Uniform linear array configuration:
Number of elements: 32
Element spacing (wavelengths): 0.5
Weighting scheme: cosine
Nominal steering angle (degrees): -15
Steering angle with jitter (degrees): -14.309
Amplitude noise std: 0.05
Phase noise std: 0.05

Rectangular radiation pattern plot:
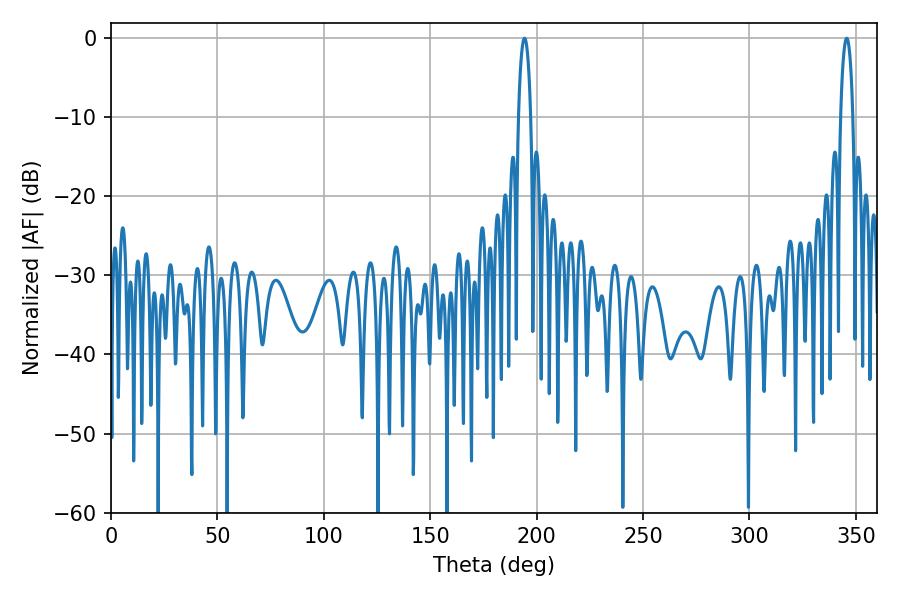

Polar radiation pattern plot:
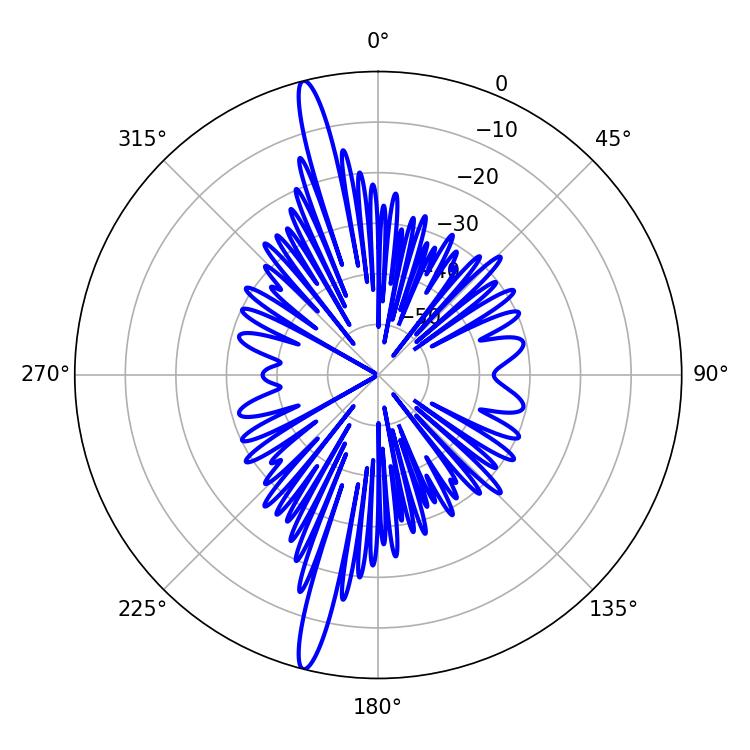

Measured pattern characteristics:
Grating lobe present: FALSE
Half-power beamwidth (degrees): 3.24
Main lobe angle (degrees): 194.22